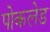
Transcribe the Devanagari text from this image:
पोकलेड